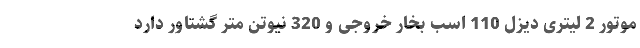
موتور 2 لیتری دیزل 110 اسب بخار خروجی و 320 نیوتن متر گشتاور دارد